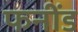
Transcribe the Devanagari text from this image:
फनींड